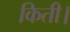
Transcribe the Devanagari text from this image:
किती।